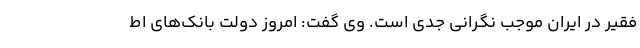
فقیر در ایران موجب نگرانی جدی است. وی گفت: امروز دولت بانک‌های اط